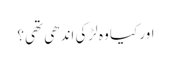
اور کیا وہ لڑکی اندھی تھی؟